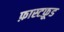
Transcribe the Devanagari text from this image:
फ़ास्टफ़ूड